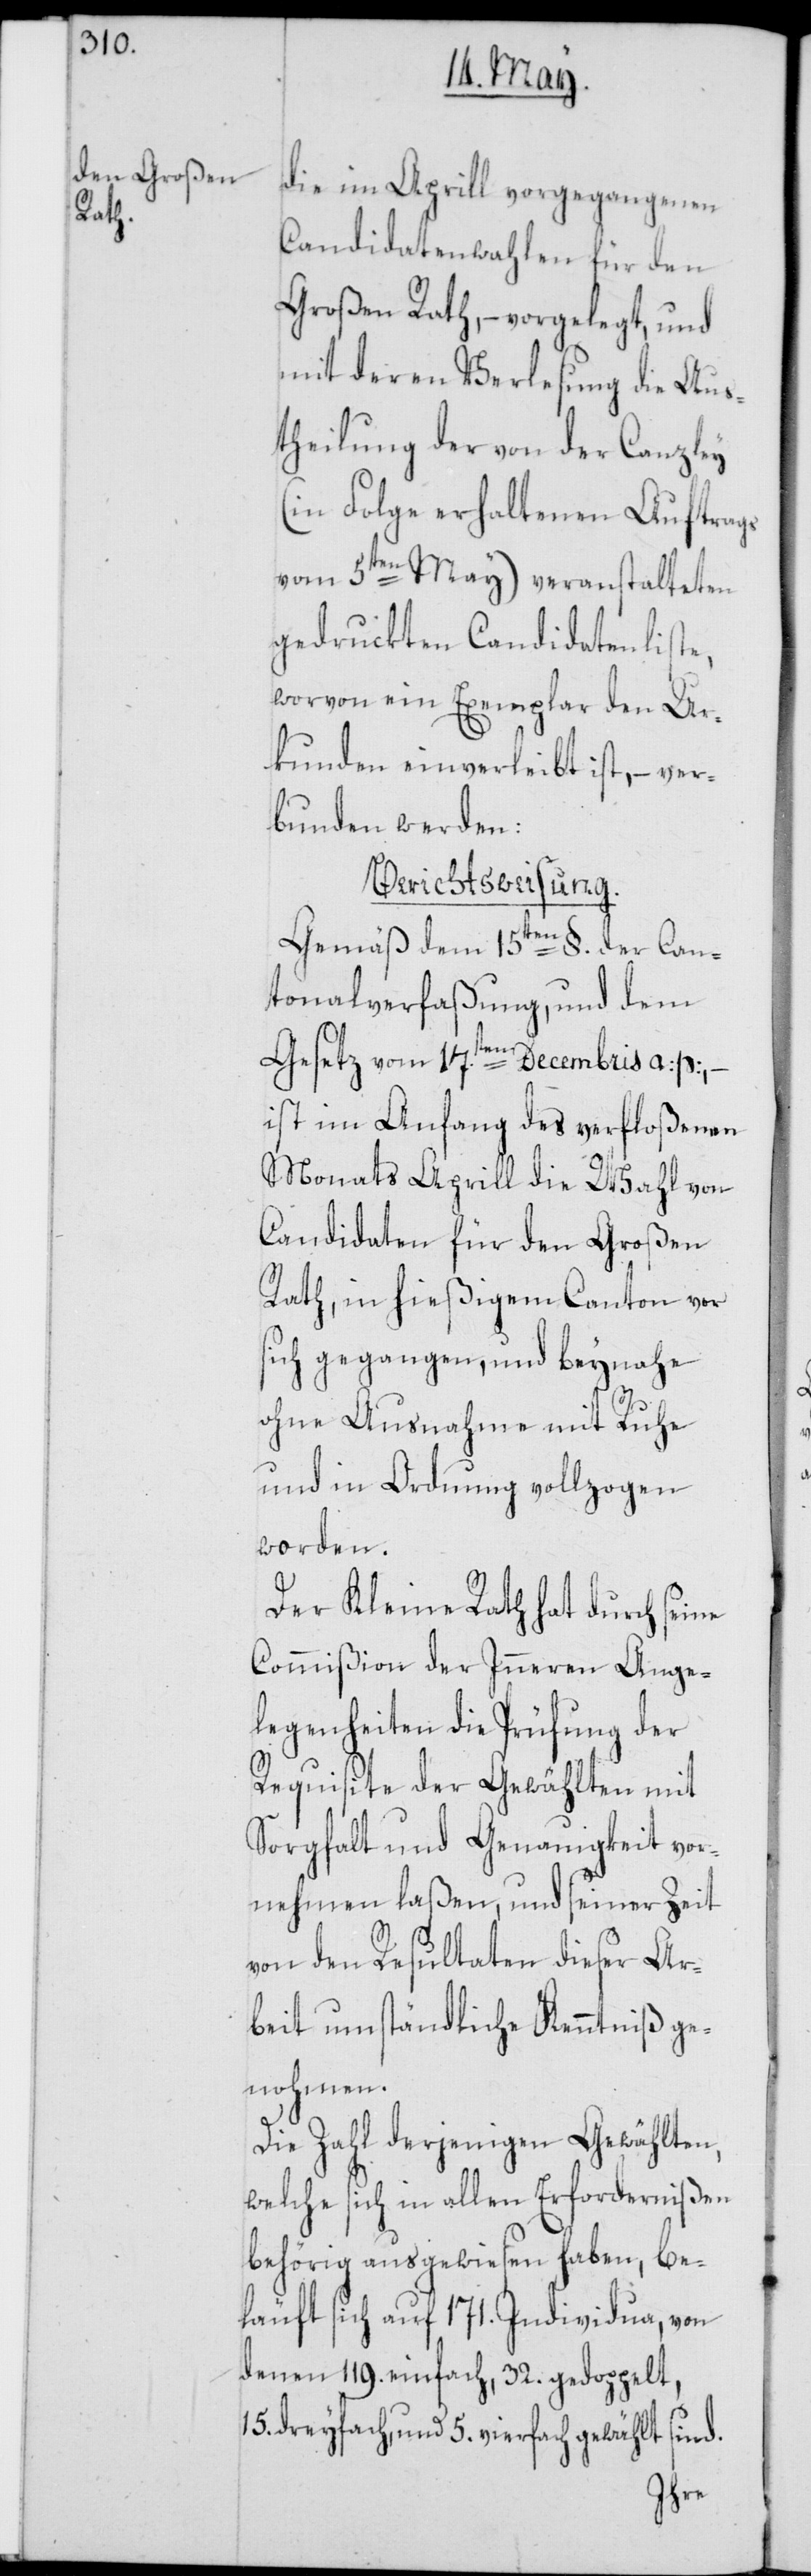
die im Aprill vorgegangenen
Candidatenwahlen für den
Großen Rath, – vorgelegt, und
mit deren Verlesung die Aus¬
theilung der von der Canzley
(in Folge erhaltenen Auftrags
vom 5ten May) veranstalteten
gedruckten Candidatenliste,
worvon ein Exemplar den Ur¬
kunden einverleibt ist, – ver¬
bunden werden:
Berichtsweisung.
Gemäß dem 15ten §. der Can¬
tonalverfaßung, und dem
Gesetz vom 17ten Decembris a: p:, –
ist im Anfang des verfloßenen
Monats Aprill die Wahl von
Candidaten für den Großen
Rath, in hießigem Canton vor
sich gegangen, und beynahe
ohne Ausnahme mit Ruhe
und in Ordnung vollzogen
worden.
Der Kleine Rath hat durch seine
Commißion der Inneren Ange¬
legenheiten die Prüfung der
Requisite der Gewählten mit
Sorgfalt und Genauigkeit vor¬
nehmen laßen, und seiner Zeit
von den Resultaten dieser Ar¬
beit umständliche Kenntniß ge¬
nohmen.
Die Zahl derjenigen Gewählten,
welche sich in allen Erfordernißen
behörig ausgewiesen haben, be¬
läuft sich auf 171. Individua, von
denen 119. einfach, 32. gedoppelt,
15. dreyfach und 5. vierfach gewählt sind.